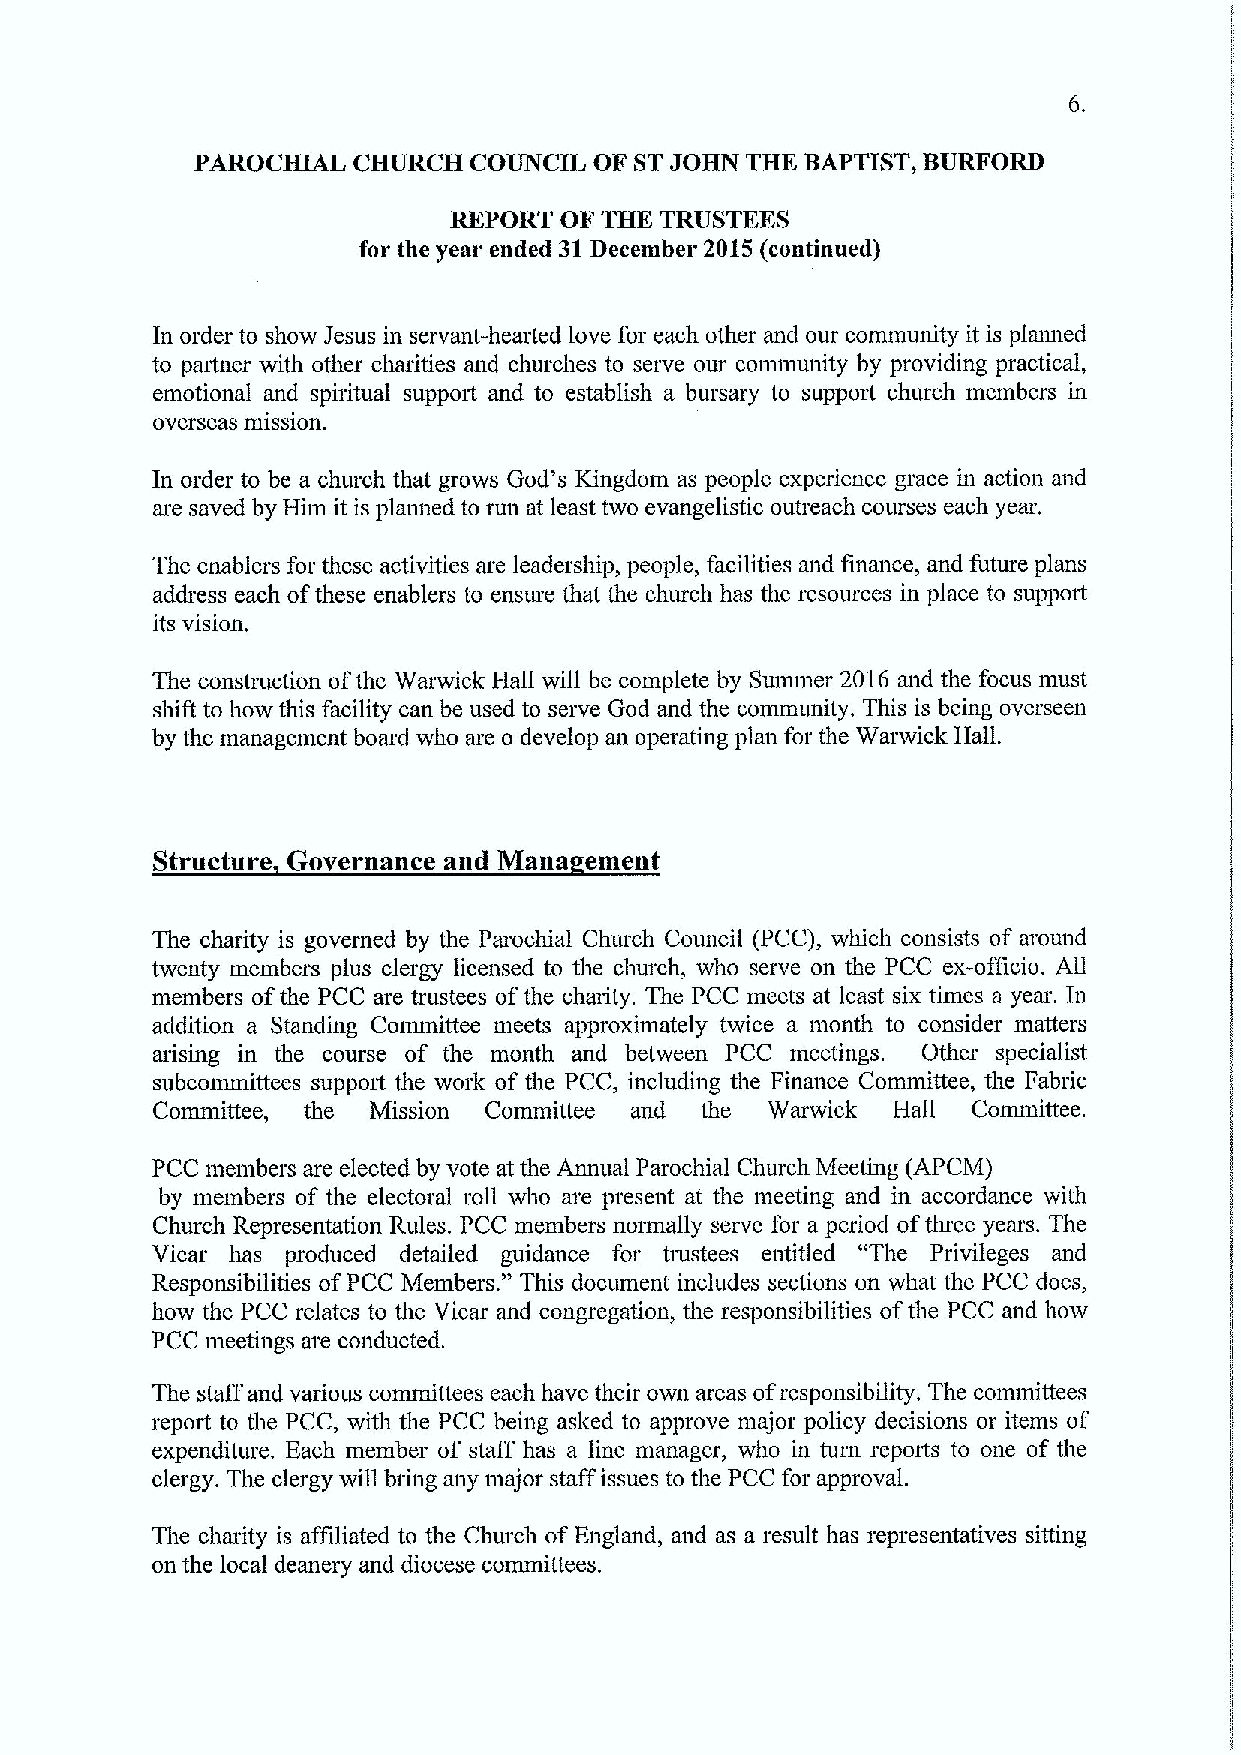
PAROCHIAL CHURCH  COUNCIL OF STJOHN THE BAPTIST, BURFORD
 REPORT OF THE TRUSTEES
 for the year ended 31December 2015(continued)
 In order to show Jesus in servant-hearted love for each other and our community it is planned
 to paitner with other charities and churches to serve our community by providing practical,
 emotional and spiritual suppoit and to establish a bursary to suppoit church members in
 overseas mission.
 In order to be a church that grows God's Kingdom as people experience grace in action and
 are saved by Him it is planned to run at least two evangelistic outreach courses each year.
 The enablers for these activities are leadership, people, facilities and finance, and future plans
 address each ofthese enablers to ensure that the church has the resources in place to suppoit
 its vision,
 The constmction ofthe Warwick FIall will be complete by Summer 2016 and the focus must
 shift to how this facility can be used to serve God and the community. This is being overseen
 by the management board who are o develop an operating plan for the Warwick Hall.
 Structure Governance and Mana ement
 The charity is governed by the Parochial Church Council (PCC), which consists of around
 twenty members plus clergy licensed to the church, who serve on the PCC ex-officio. All
 members ofthe PCC are trustees ofthe charity. The PCC meets at least six times a year. In
 addition a Standing Committee meets approximately twice a month to consider matters
 arising in the course of the month and between PCC meetings. Other specialist
 subcommittees support the work of the PCC, including the Finance Committee, the Fabric
 Committee, the Mission Committee and the Warwick Hall Committee.
 PCC members are elected by vote at the Annual Parochial Church Meeting (APCM)
 by members of the electoral roll who are present at the meeting and in accordance with
 Church Representation Rules. PCC members normally serve for a period ofthree years. The
 Vicar has produced detailed g"uidance for trustees entitled "The Privileges and
 Responsibilities ofPCC Members. This document includes sections on what the PCC does,
 how the PCC relates to the Vicar and congregation, the responsibilities ofthe PCC and how
 PCC meetings are conducted.
 The staff and various committees each have their own areas ofresponsibility. The committees
 report to the PCC, with the PCC being asked to approve major policy decisions or items of
 expenditure. Each member of staff has a line manager, who in turn reports to one of the
 clergy. The clergy will bring any major staff issues to the PCC for approval.
 The charity is affiliated to the Church ofEngland, and as a result has representatives sitting
 on the local deanery and diocese committees.